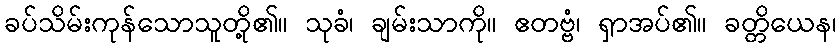
ခပ်သိမ်းကုန်သောသူတို့၏။ သုခံ၊ ချမ်းသာကို။ ဧတဗ္ဗံ၊ ရှာအပ်၏။ ခတ္တိယေန၊